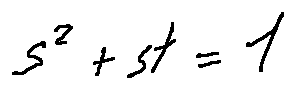
s ^ { 2 } + s t = 1